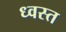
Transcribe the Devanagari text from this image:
ध्वस्‍त